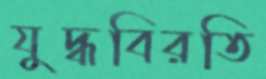
যুদ্ধবিরতি